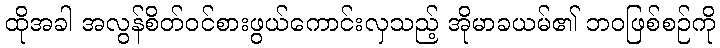
ထိုအခါ အလွန်စိတ်ဝင်စားဖွယ်ကောင်းလှသည့် အိုမာခယမ်၏ ဘဝဖြစ်စဉ်ကို